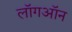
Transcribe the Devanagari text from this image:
लॉगऑन